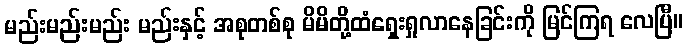
မည်းမည်းမည်း မည်းနှင့် အစုတစ်စု မိမိတို့ထံရှေးရှုလာနေခြင်းကို မြင်ကြရ လေပြီ။